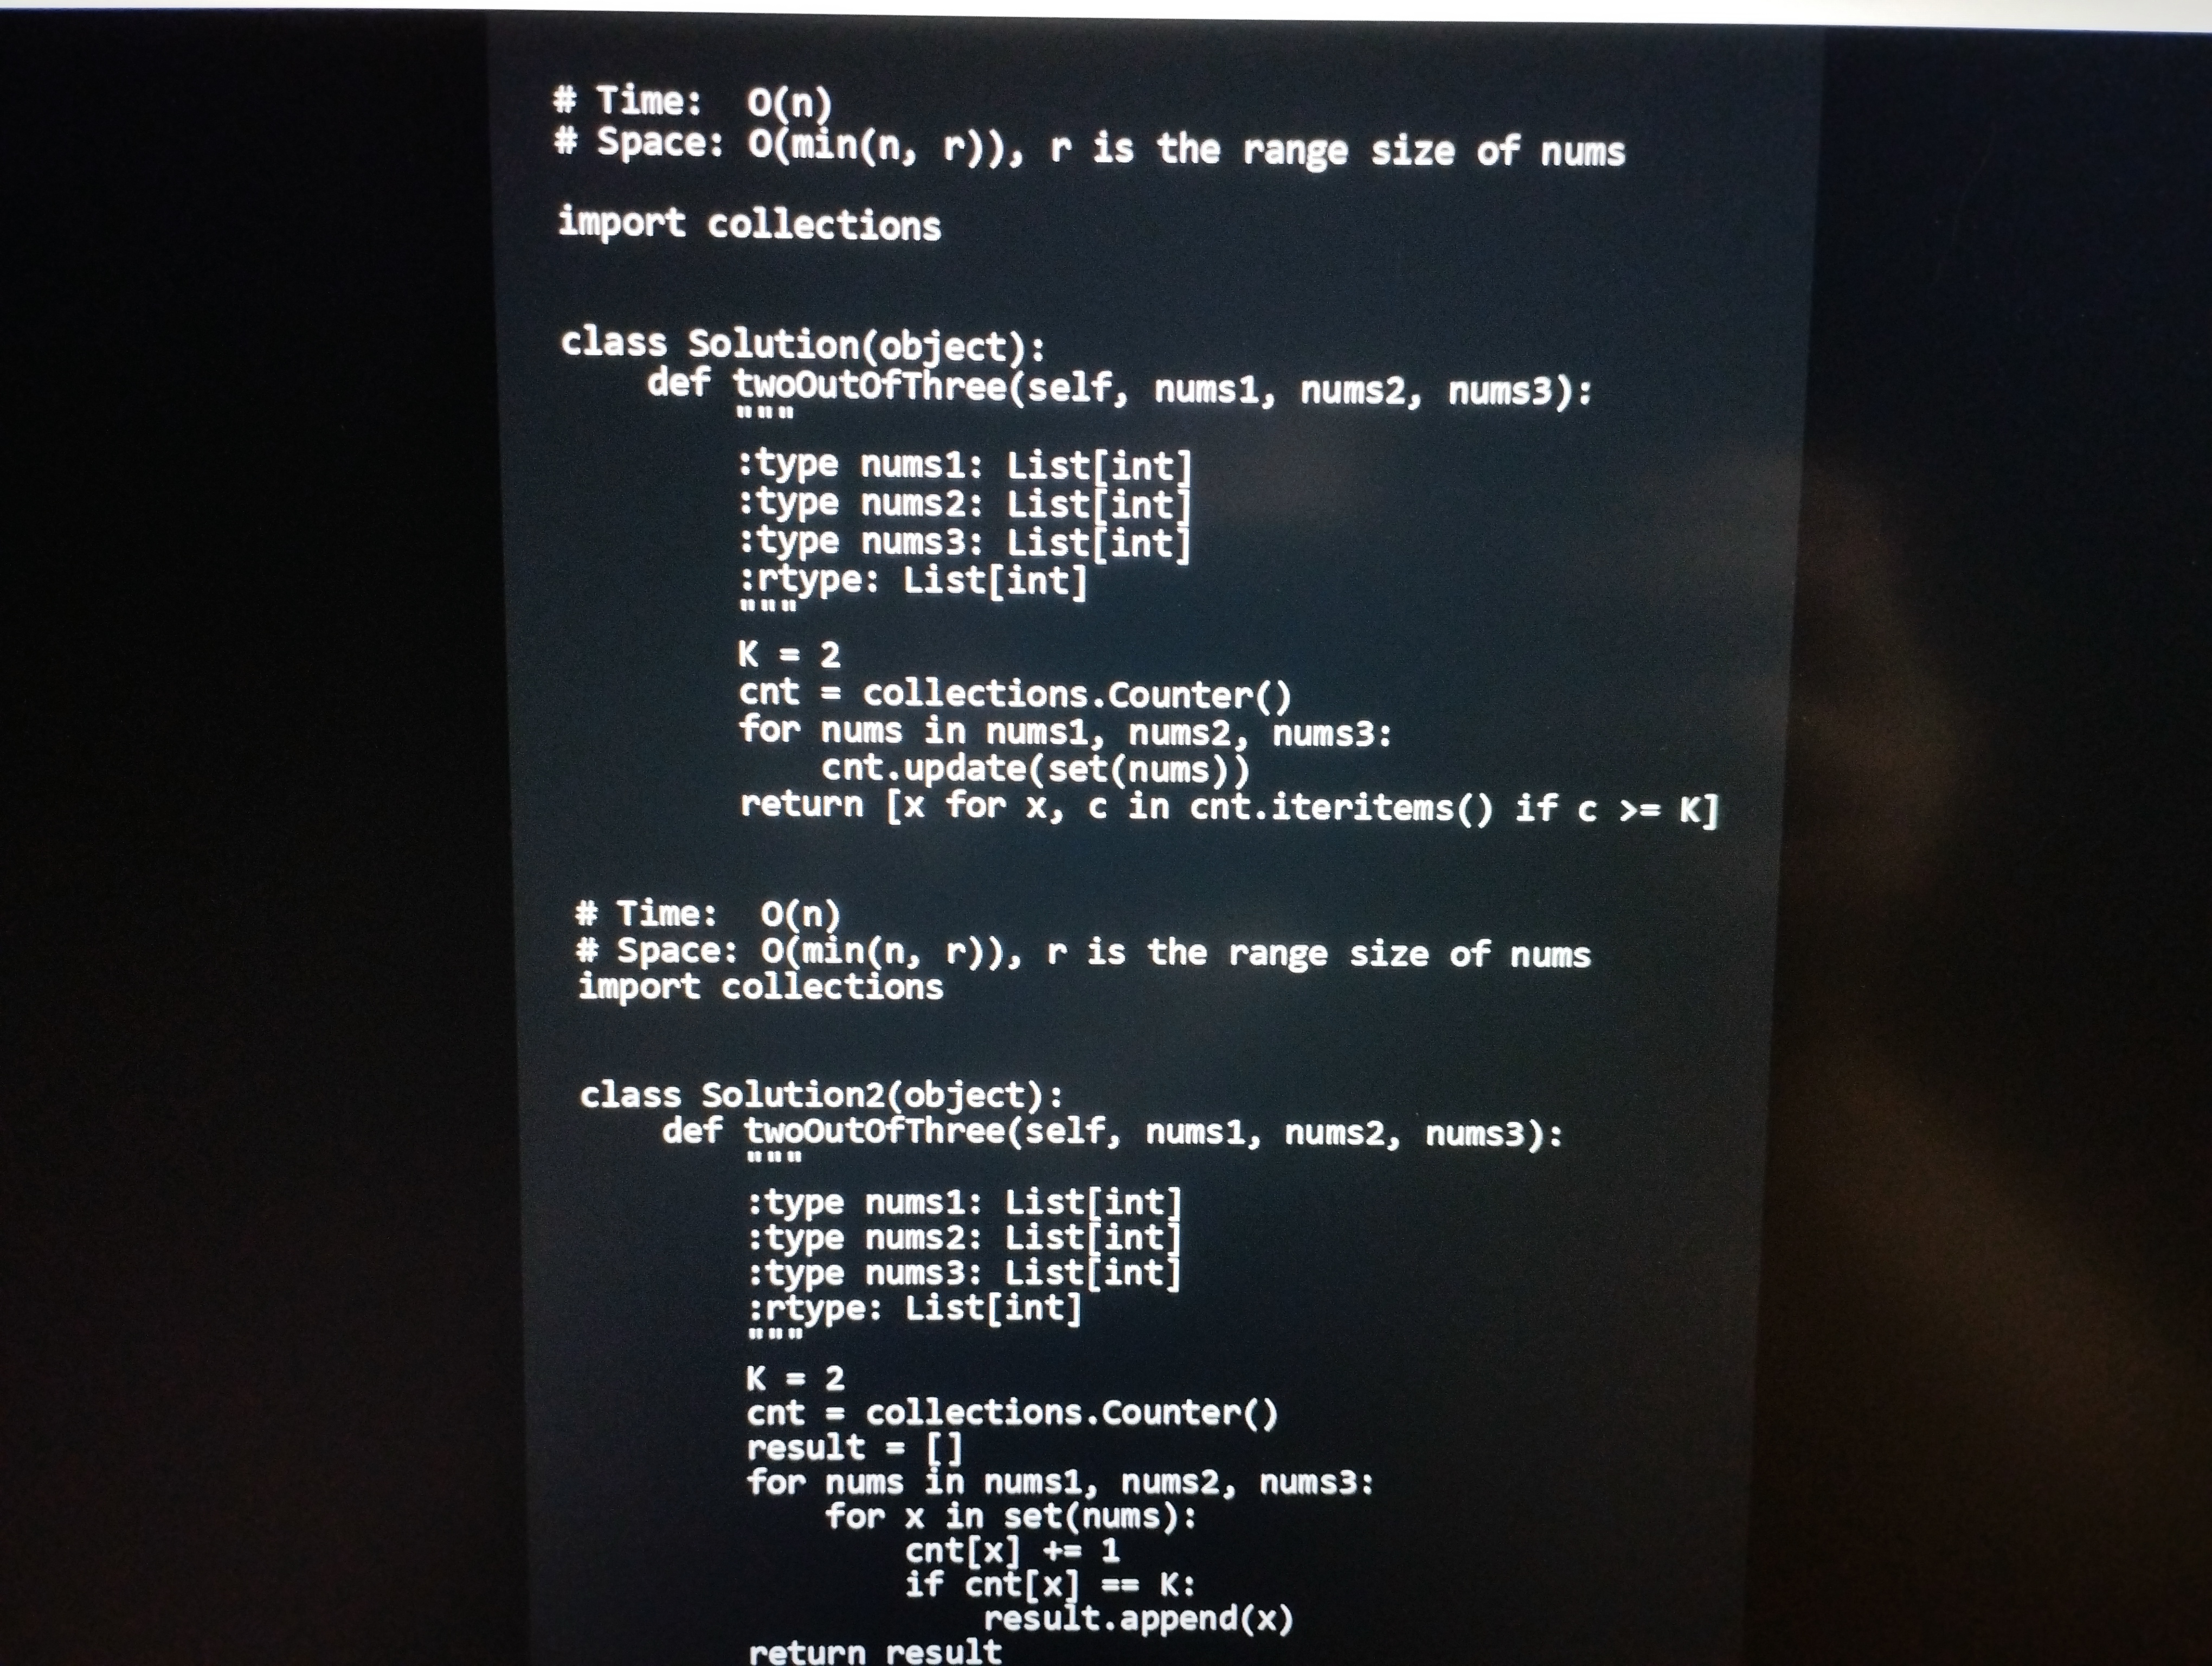
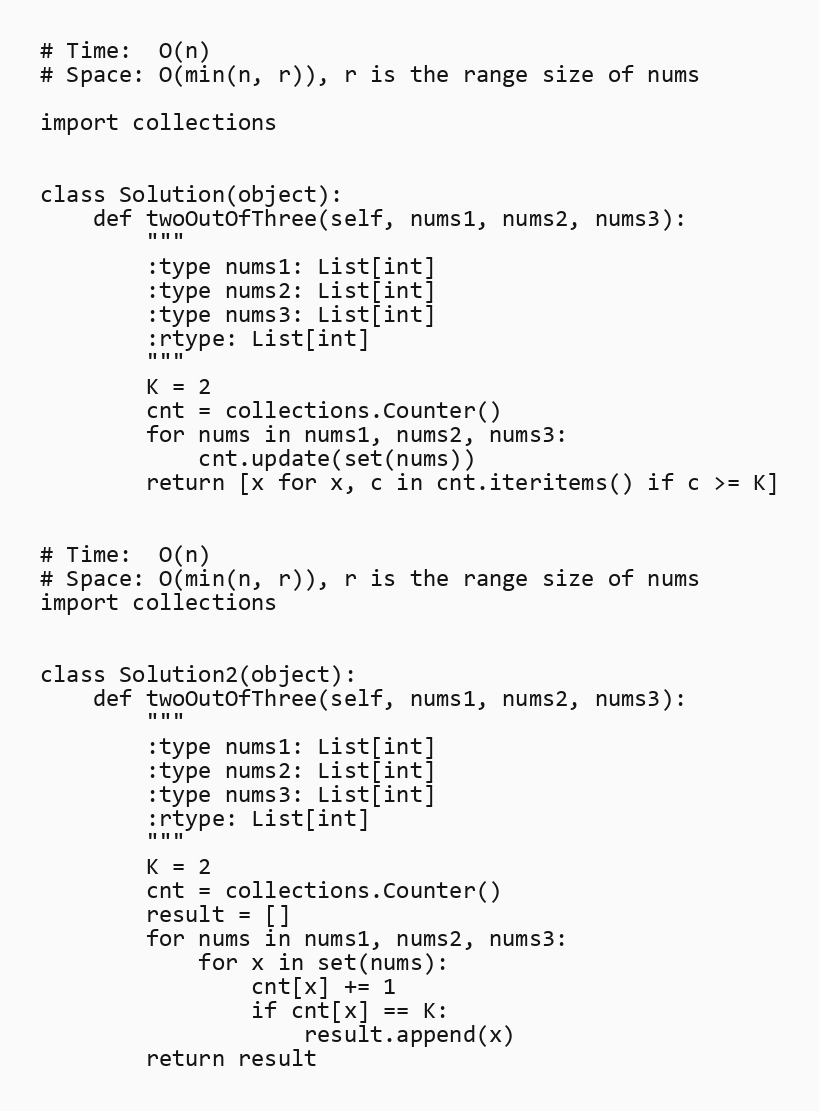
# Time:  O(n)
# Space: O(min(n, r)), r is the range size of nums

import collections

class Solution(object):
    def twoOutOfThree(self, nums1, nums2, nums3):
        """
        :type nums1: List[int]
        :type nums2: List[int]
        :type nums3: List[int]
        :rtype: List[int]
        """
        K = 2
        cnt = collections.Counter()
        for nums in nums1, nums2, nums3:
            cnt.update(set(nums))
        return [x for x, c in cnt.iteritems() if c >= K]

# Time:  O(n)
# Space: O(min(n, r)), r is the range size of nums
import collections

class Solution2(object):
    def twoOutOfThree(self, nums1, nums2, nums3):
        """
        :type nums1: List[int]
        :type nums2: List[int]
        :type nums3: List[int]
        :rtype: List[int]
        """
        K = 2
        cnt = collections.Counter()
        result = []
        for nums in nums1, nums2, nums3:
            for x in set(nums):
                cnt[x] += 1
                if cnt[x] == K:
                    result.append(x)
        return result